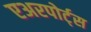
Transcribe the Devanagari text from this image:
एअरपोर्ट्‌स